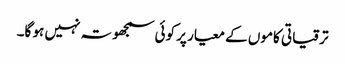
ترقیاتی کاموں کے معیار پر کوئی سمجھوتہ نہیں ہو گا۔